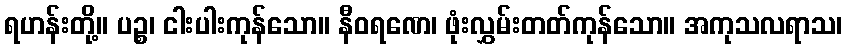
ရဟန်းတို့။ ပဉ္စ၊ ငါးပါးကုန်သော။ နီဝရဏေ၊ ဖုံးလွှမ်းတတ်ကုန်သော။ အကုသလရာသ၊